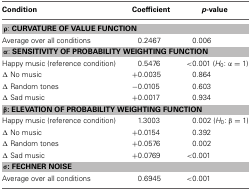
<table><thead><tr><td><b>Condition</b></td><td><b>Coefficient</b></td><td><b><i>p</i>−value</b></td></tr></thead><tbody><tr><td colspan="3">ρ: <b>CURVATURE OF VALUE FUNCTION</b></td></tr><tr><td>Average over all conditions</td><td>0.2467</td><td>0.006</td></tr><tr><td colspan="3">α: <b>SENSITIVITY OF PROBABILITY WEIGHTING FUNCTION</b></td></tr><tr><td>Happy music (reference condition)</td><td>0.5476</td><td>&lt;0.001 (<i>H</i><sub>0</sub>: α = 1)</td></tr><tr><td>Δ No music</td><td>+0.0035</td><td>0.864</td></tr><tr><td>Δ Random tones</td><td>−0.0105</td><td>0.603</td></tr><tr><td>Δ Sad music</td><td>+0.0017</td><td>0.934</td></tr><tr><td colspan="3"><b>β : ELEVATION OF PROBABILITY WEIGHTING FUNCTION</b></td></tr><tr><td>Happy music (reference condition)</td><td>1.3003</td><td>0.002 (<i>H</i><sub>0</sub>: β = 1)</td></tr><tr><td>Δ No music</td><td>+0.0154</td><td>0.392</td></tr><tr><td>Δ Random tones</td><td>+0.0576</td><td>0.002</td></tr><tr><td>Δ Sad music</td><td>+0.0769</td><td>&lt;0.001</td></tr><tr><td colspan="3"><b>σ : FECHNER NOISE</b></td></tr><tr><td>Average over all conditions</td><td>0.6945</td><td>&lt;0.001</td></tr></tbody></table>